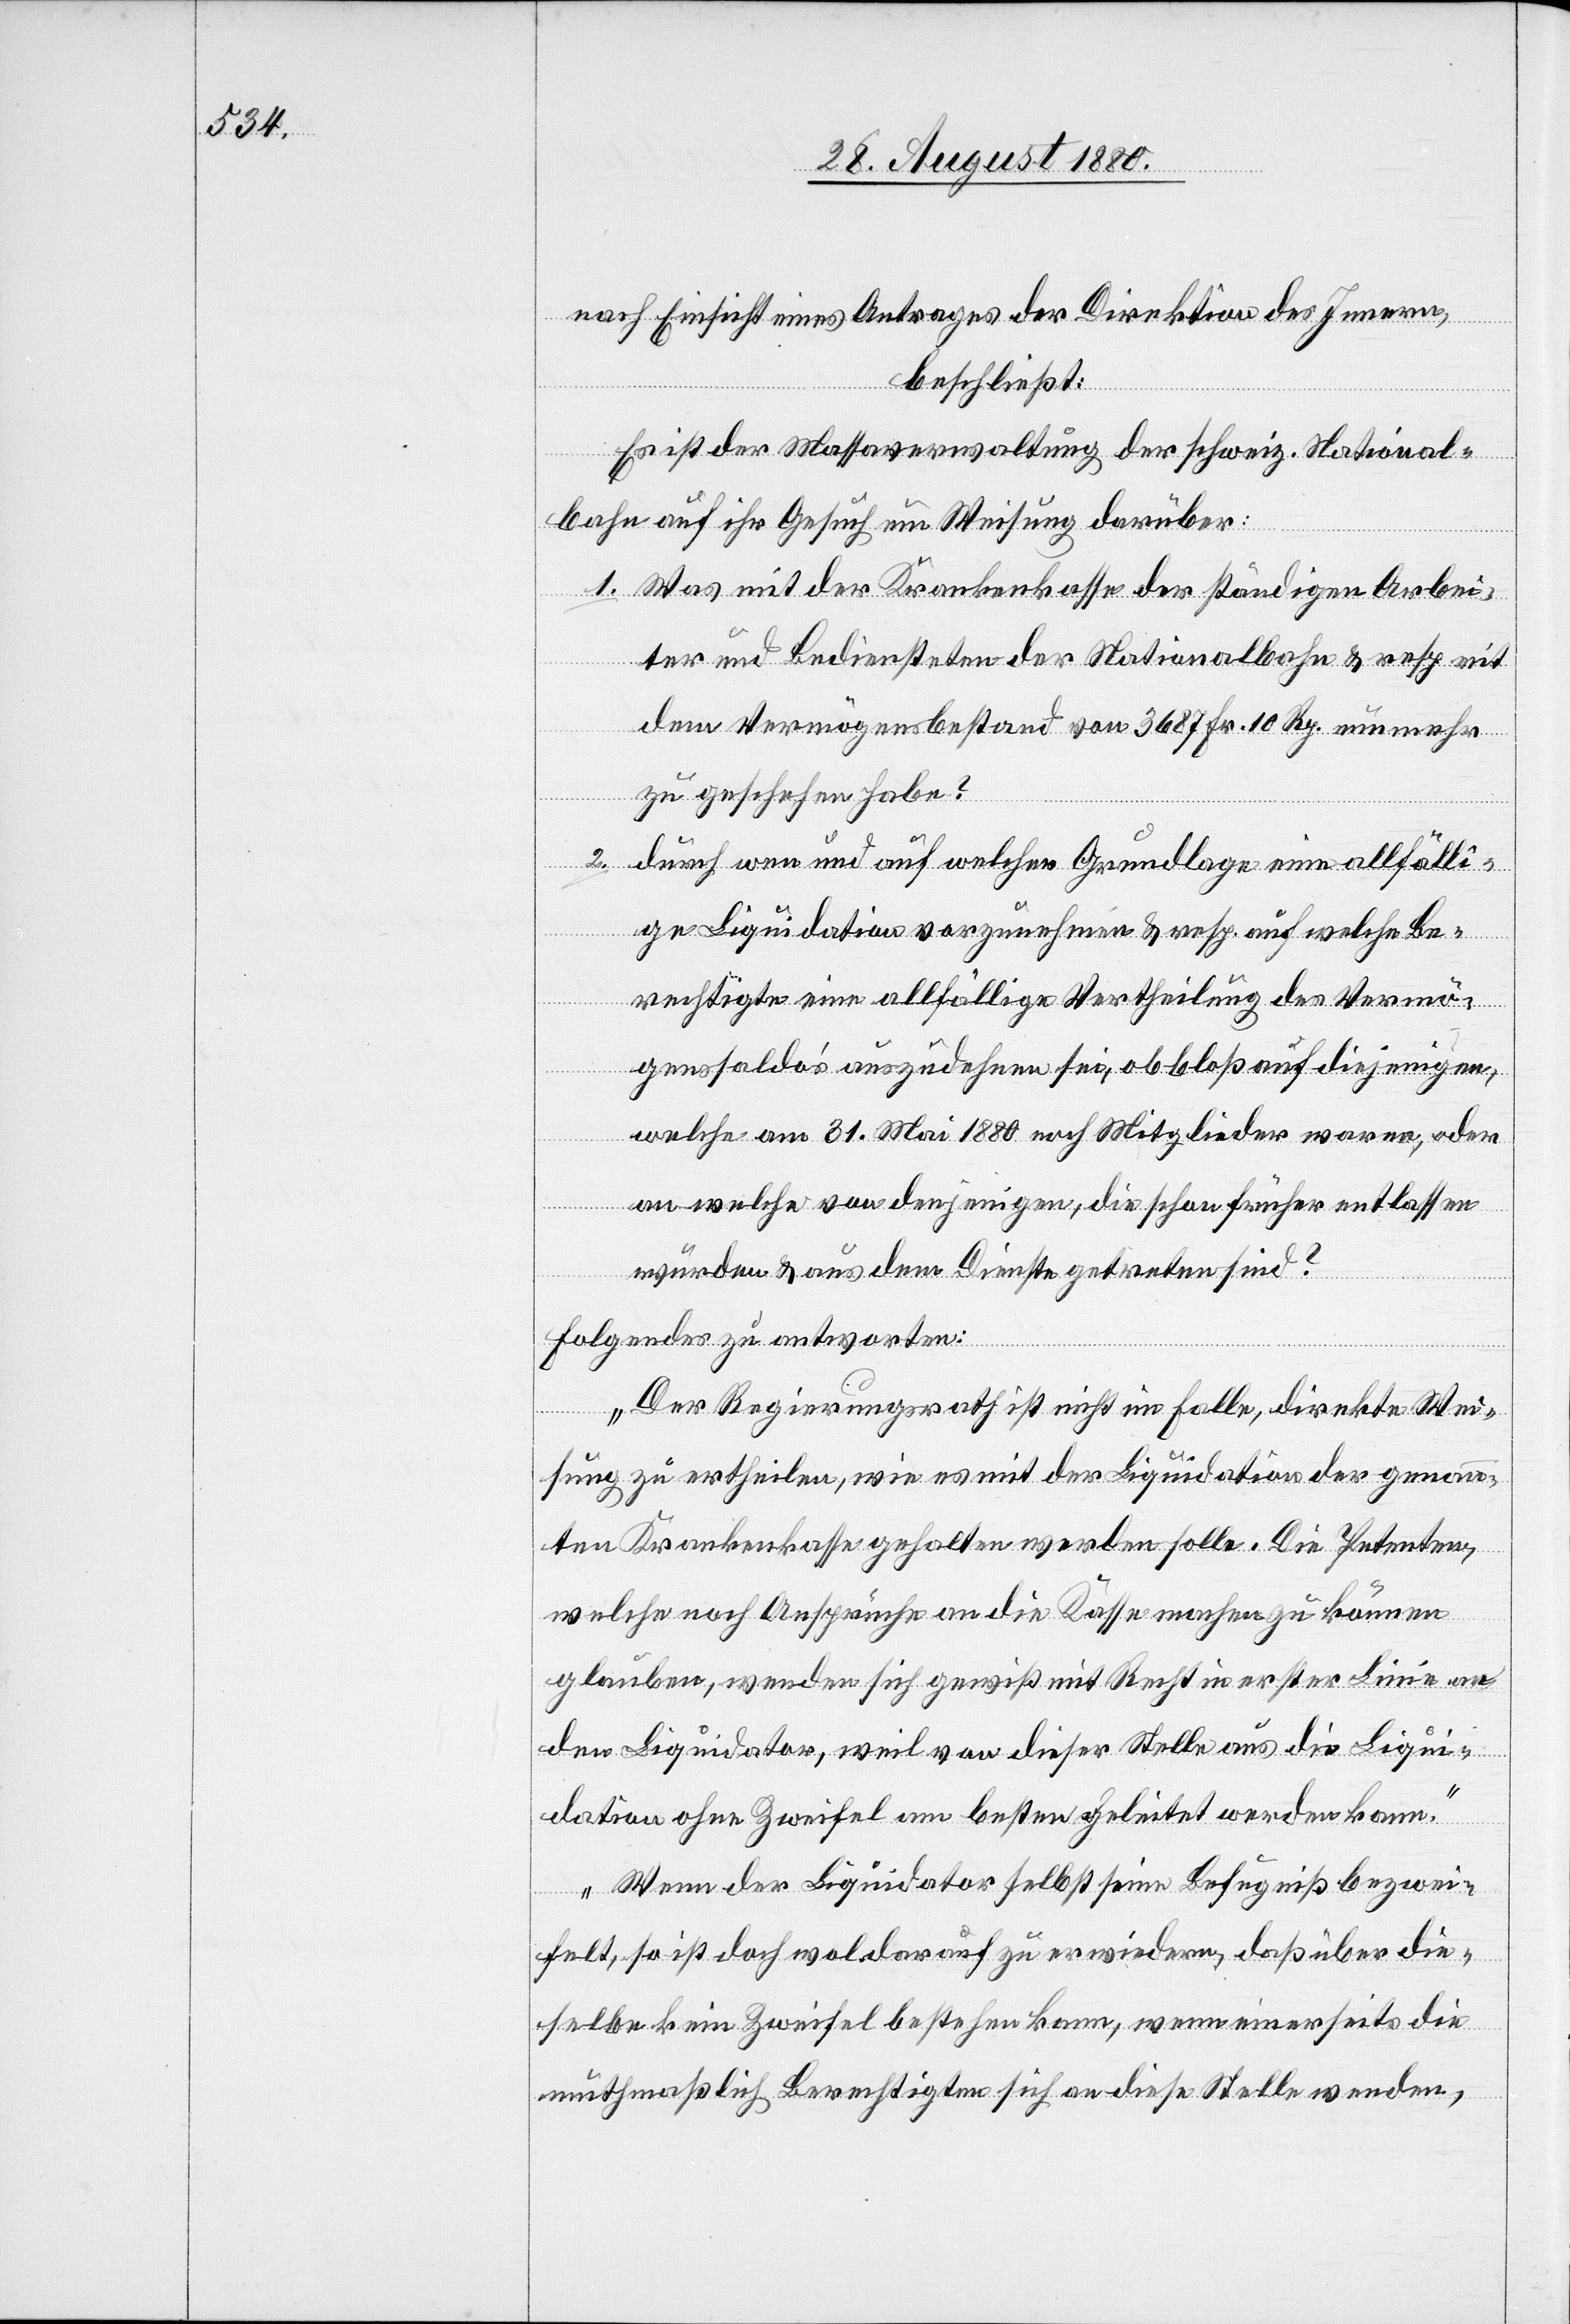
nach Einsicht eines Antrages der Direktion des Innern,
beschließt:
Es ist der Massaverwaltung der schweiz. National¬
bahn auf ihr Gesuch um Weisung darüber:
1. Was mit der Krankenkasse der ständigen Arbei¬
ter und Bediensteten der Nationalbahn & resp. mit
dem Vermögensbestand von 3687 Fr. 10 Rp. nunmehr
zu geschehen habe?
durch wen und auf welcher Grundlage eine allfälli¬
ge Liquidation vorzunehmen & resp. auf welche Be¬
rechtigte eine allfällige Vertheilung des Vermö¬
genssaldo’s auszudehnen sei, ob bloß auf diejenigen,
welche am 31. Mai 1880 noch Mitglieder waren, oder
2.
an welche von denjenigen, die schon früher entlassen
wurden & aus dem Dienste getreten sind?
folgendes zu antworten:
„Der Regierungsrath ist nicht im Falle, direkte Verf¬
ügung zu ertheilen, wie es mit der Liquidation der genann¬
ten Krankenkasse gehalten werden solle. Die Petenten,
welche noch Ansprüche an die Kasse machen zu können
glauben, wenden sich gewiß mit Recht in erster Linie an
den Liquidator, weil von dieser Stelle aus die Liqui¬
dation ohne Zweifel am besten geleitet werden kann.
Wenn der Liquidator selbst seine Befugniß bezwei¬
felt, so ist doch wol darauf zu erwiedern, daß über die
selbe kein Zweifel bestehen kann, wenn einerseits die
muthmaßlich Berechtigten sich an diese Stelle wenden,